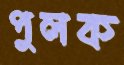
পুলক